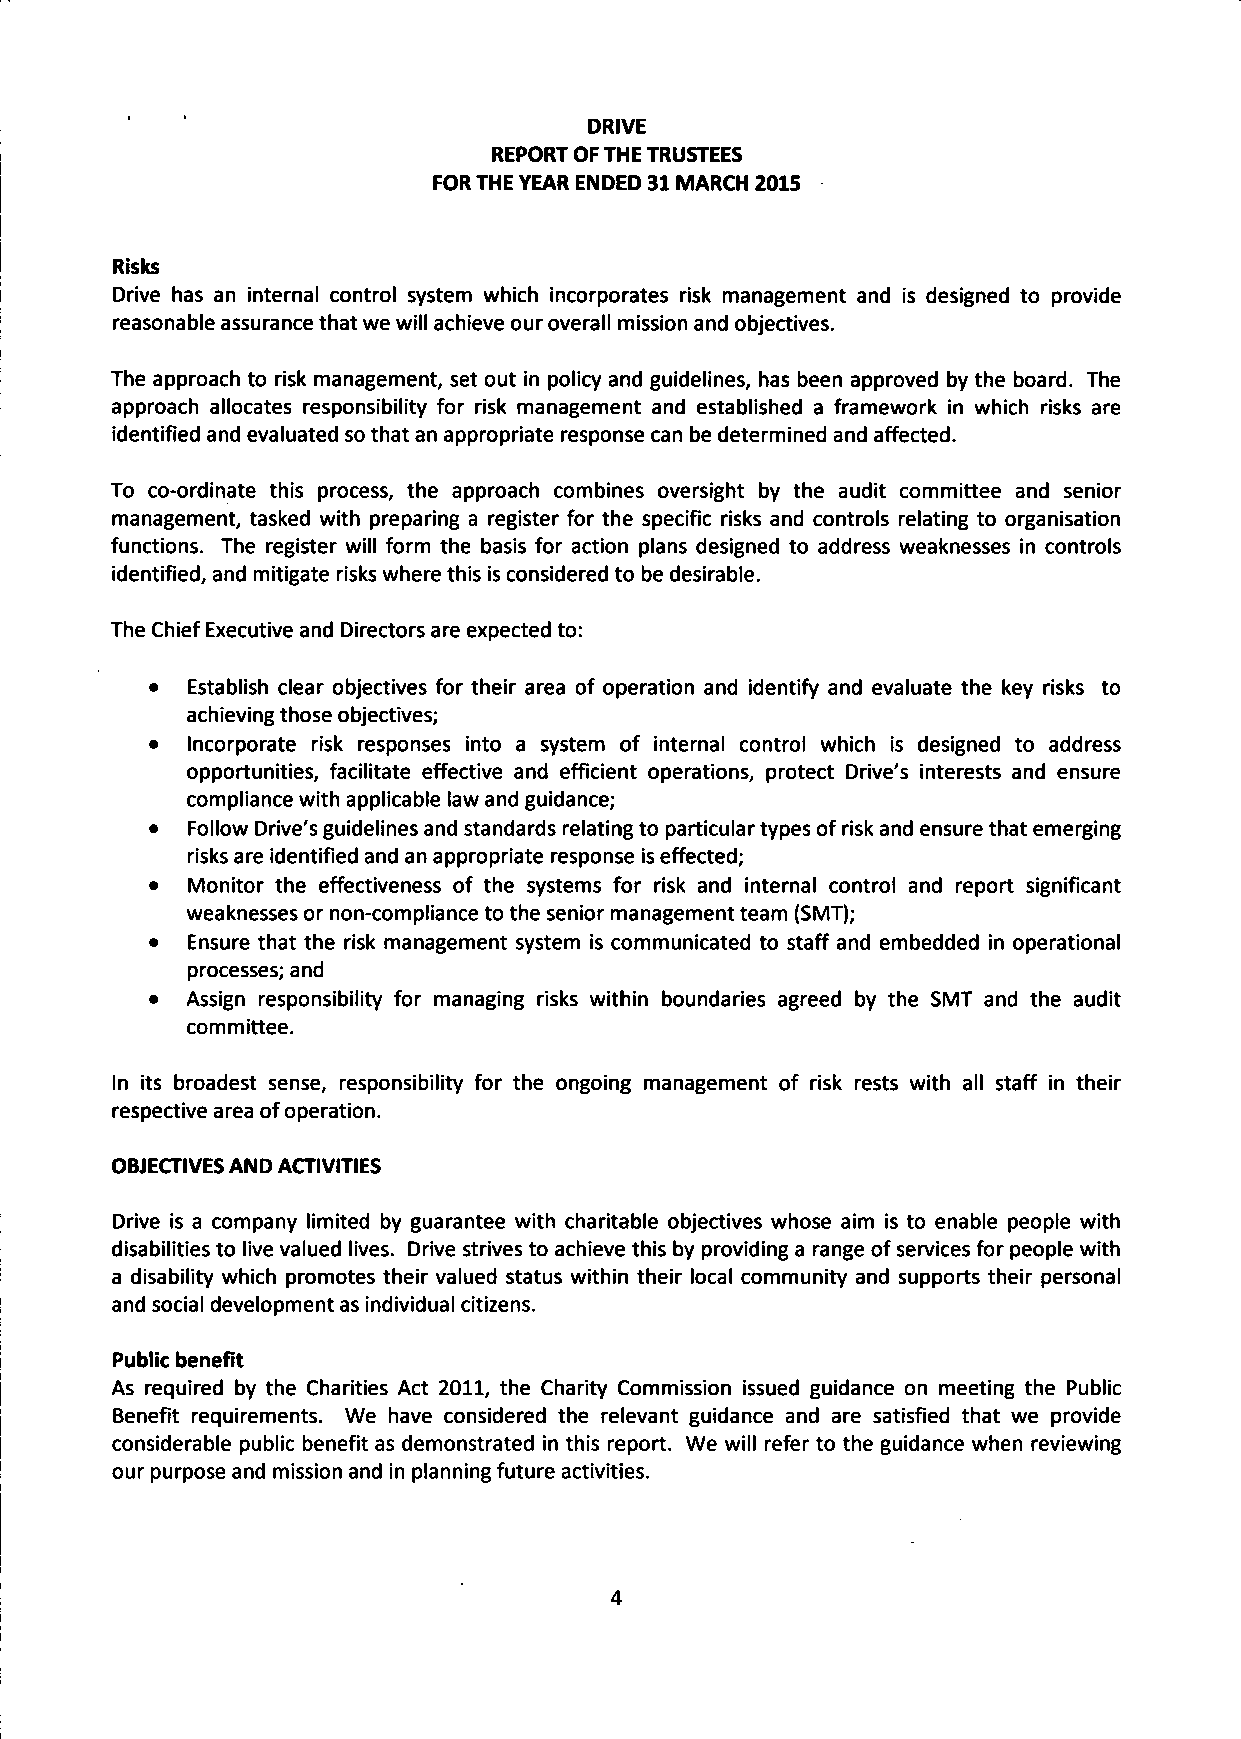
DRIVE
 REPORT OF THE TRUSTEES
 FOR THE YEAR ENDED 31 MARCH 2015
 Risks
 Drive has an internal control system which incorporates risk management and is designed to provide
 reasonable assurance that we will achieve our overall mission and objectives.
 The approach to risk management, set out in policy and guidelines, has been approved by the board. The
 approach allocates responsibility for risk management and established a framework in which risks are
 identified and evaluated so that an appropriate response can be determined and affected.
 To co-ordinate this process, the approach combines oversight by the audit committee and senior
 management, tasked with preparing a register for the specific risks and controls relating to organisation
 functions. The register will form the basis for action plans designed to address weaknesses in controls
 identified, and mitigate risks where this is considered to be desirable.
 The Chief Executive and Directors are expected to:
 • Establish clear objectives for their area of operation and identify and evaluate the key risks to
 achieving those objectives;
 • Incorporate risk responses into a system of internal control which is designed to address
 opportunities, facilitate effective and efficient operations, protect Drive's interests and ensure
 compliance with applicable law and guidance;
 • Follow Drive's guidelines and standards relating to particular types of risk and ensure that emerging
 risks are identified and an appropriate response is effected;
 • Monitor the effectiveness of the systems for risk and internal control and report significant
 weaknesses or non-compliance to the senior management team (SMT);
 • Ensure that the risk management system is communicated to staff and embedded in operational
 processes; and
 • Assign responsibility for managing risks within boundaries agreed by the SMT and the audit
 committee.
 In its broadest sense, responsibility for the ongoing management of risk rests with all staff in their
 respective area of operation.
 OBJECTIVES AND ACTIVITIES
 Drive is a company limited by guarantee with charitable objectives whose aim is to enable people with
 disabilities to live valued lives. Drive strives to achieve this by providing a range of services for people with
 a disability which promotes their valued status within their local community and supports their personal
 and social development as individual citizens.
 Public benefit
 As required by the Charities Act 2011, the Charity Commission issued guidance on meeting the Public
 Benefit requirements. We have considered the relevant guidance and are satisfied that we provide
 considerable public benefit as demonstrated in this report. We will refer to the guidance when reviewing
 our purpose and mission and in planning future activities.
 4